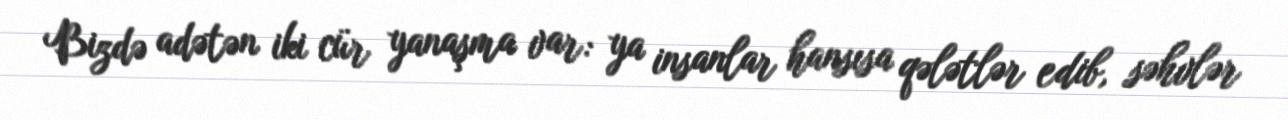
Bizdə adətən iki cür yanaşma var: ya insanlar hansısa qələtlər edib, səhvlər